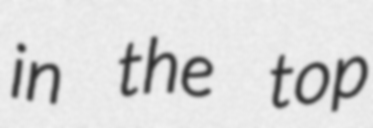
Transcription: in the top